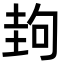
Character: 𡌲